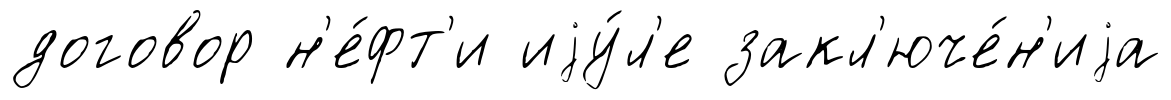
договор н'е́фт'и иjу́л'е закл'юче́н'иjа